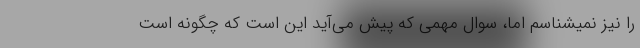
را نیز نمیشناسم اما، سوال مهمی که پیش می‌آید این است که چگونه است